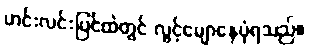
ဟင်းလင်းပြင်ထဲတွင် လွင့်မျောနေပုံရသည်။